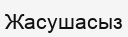
Жасушасыз